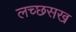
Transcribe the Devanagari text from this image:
लच्छसख